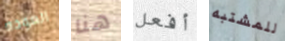
العوده هنا أفعل للمشتبه